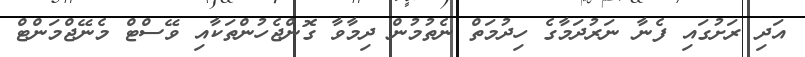
އަދި ރަށުގައި ފެނާ ނަރުދަމާގެ ހިދުމަތް ނެތުމުން ދިމާވާ ގޮންޖެހުންތަކާއި ވޭސްޓް މެނޭޖްމަންޓް